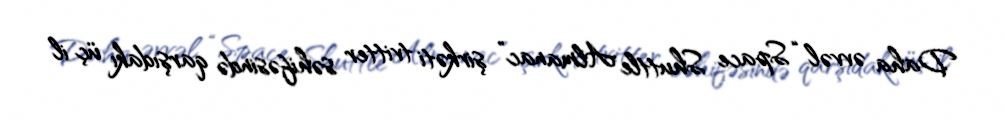
Daha əvvəl “Space Shuttle Almanac” şirkəti tvitter səhifəsində qarşıdakı üç il